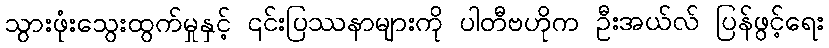
သွားဖုံးသွေးထွက်မှုနှင့် ၎င်းပြဿနာများကို ပါတီဗဟိုက ဦးအယ်လ် ပြန်ဖွင့်ရေး